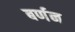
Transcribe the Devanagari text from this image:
बर्णन